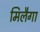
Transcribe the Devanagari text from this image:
मिलैगा